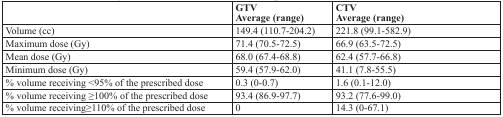
|  | GTV Average (range) | CTV Average (range) |
 | --- | --- | --- |
 | Volume (cc) | 149.4 (110.7-204.2) | 221.8 (99.1-582.9) |
 | Maximum dose (Gy) | 71.4 (70.5-72.5) | 66.9 (63.5-72.5) |
 | Mean dose (Gy) | 68.0 (67.4-68.8) | 62.4 (57.7-66.8) |
 | Minimum dose (Gy) | 59.4 (57.9-62.0) | 41.1 (7.8-55.5) |
 | % volume receiving <95% of the prescribed dose | 0.3 (0-0.7) | 1.6 (0.1-12.0) |
 | % volume receiving ≥100% of the prescribed dose | 93.4 (86.9-97.7) | 93.2 (77.6-99.0) |
 | % volume receiving≥110% of the prescribed dose | 0 | 14.3 (0-67.1) |